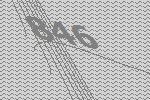
846